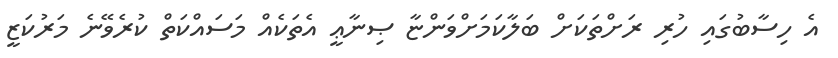
އެ ހިސާބުގައި ހުރި ރަށްތަކަށް ބަލާކަމަށްވަންޏާ ޞިނާޢީ އެތަކެއް މަސައްކަތް ކުރެވޭނެ މަރުކަޒީ